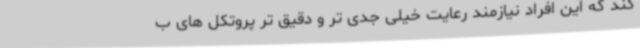
کند که این افراد نیازمند رعایت خیلی جدی تر و دقیق تر پروتکل های ب